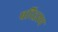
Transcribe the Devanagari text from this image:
परिद्रश्य